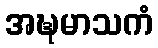
အဍ္ဎမာသကံ